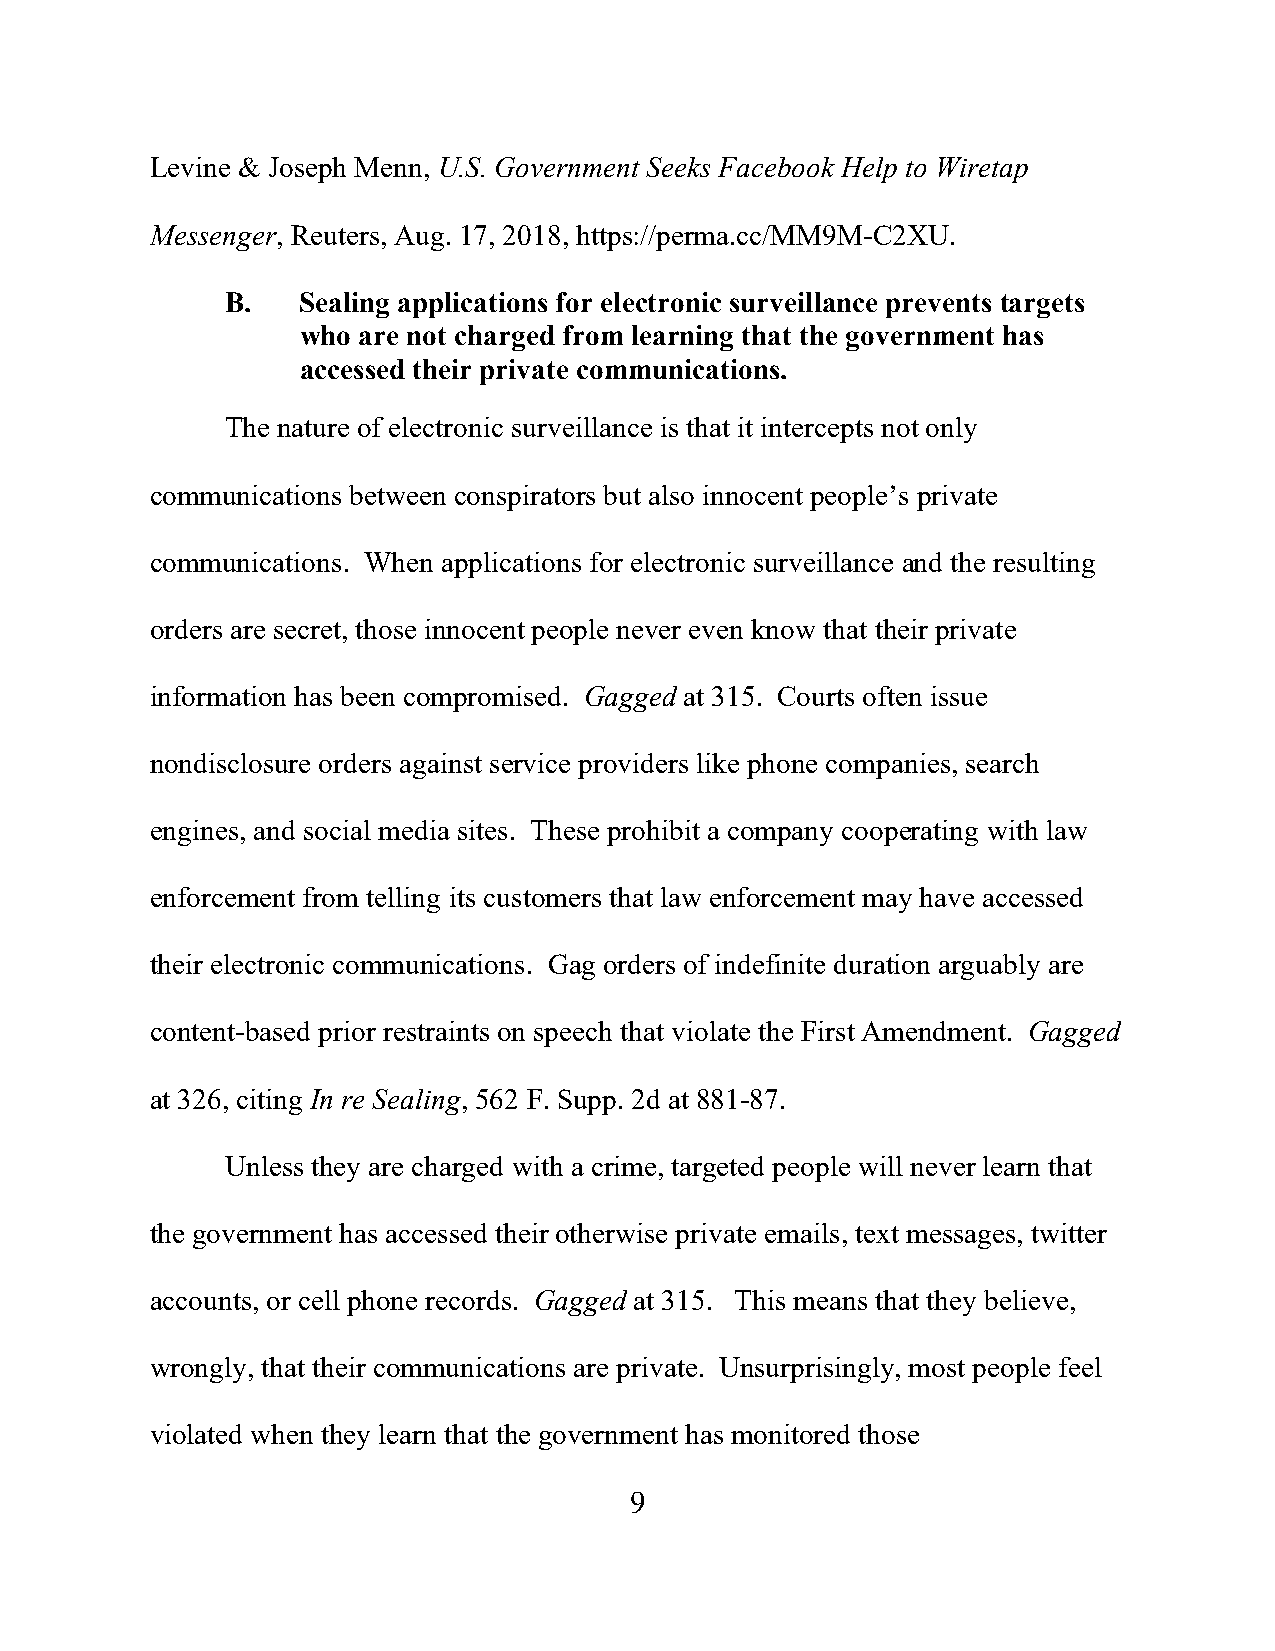
Levine & Joseph Menn, U.S. Government Seeks Facebook Help to Wiretap
 Messenger, Reuters, Aug. 17, 2018, https://perma.cc/MM9M-C2XU.
 B.   Sealing applications for electronic surveillance prevents targets
 who are not charged from learning that the government has
 accessed their private communications.
 The nature of electronic surveillance is that it intercepts not only
 communications between conspirators but also innocent people’s private
 communications. When applications for electronic surveillance and the resulting
 orders are secret, those innocent people never even know that their private
 information has been compromised. Gagged at 315. Courts often issue
 nondisclosure orders against service providers like phone companies, search
 engines, and social media sites. These prohibit a company cooperating with law
 enforcement from telling its customers that law enforcement may have accessed
 their electronic communications. Gag orders of indefinite duration arguably are
 content-based prior restraints on speech that violate the First Amendment. Gagged
 at 326, citing In re Sealing, 562 F. Supp. 2d at 881-87.
 Unless they are charged with a crime, targeted people will never learn that
 the government has accessed their otherwise private emails, text messages, twitter
 accounts, or cell phone records. Gagged at 315. This means that they believe,
 wrongly, that their communications are private. Unsurprisingly, most people feel
 violated when they learn that the government has monitored those
 9